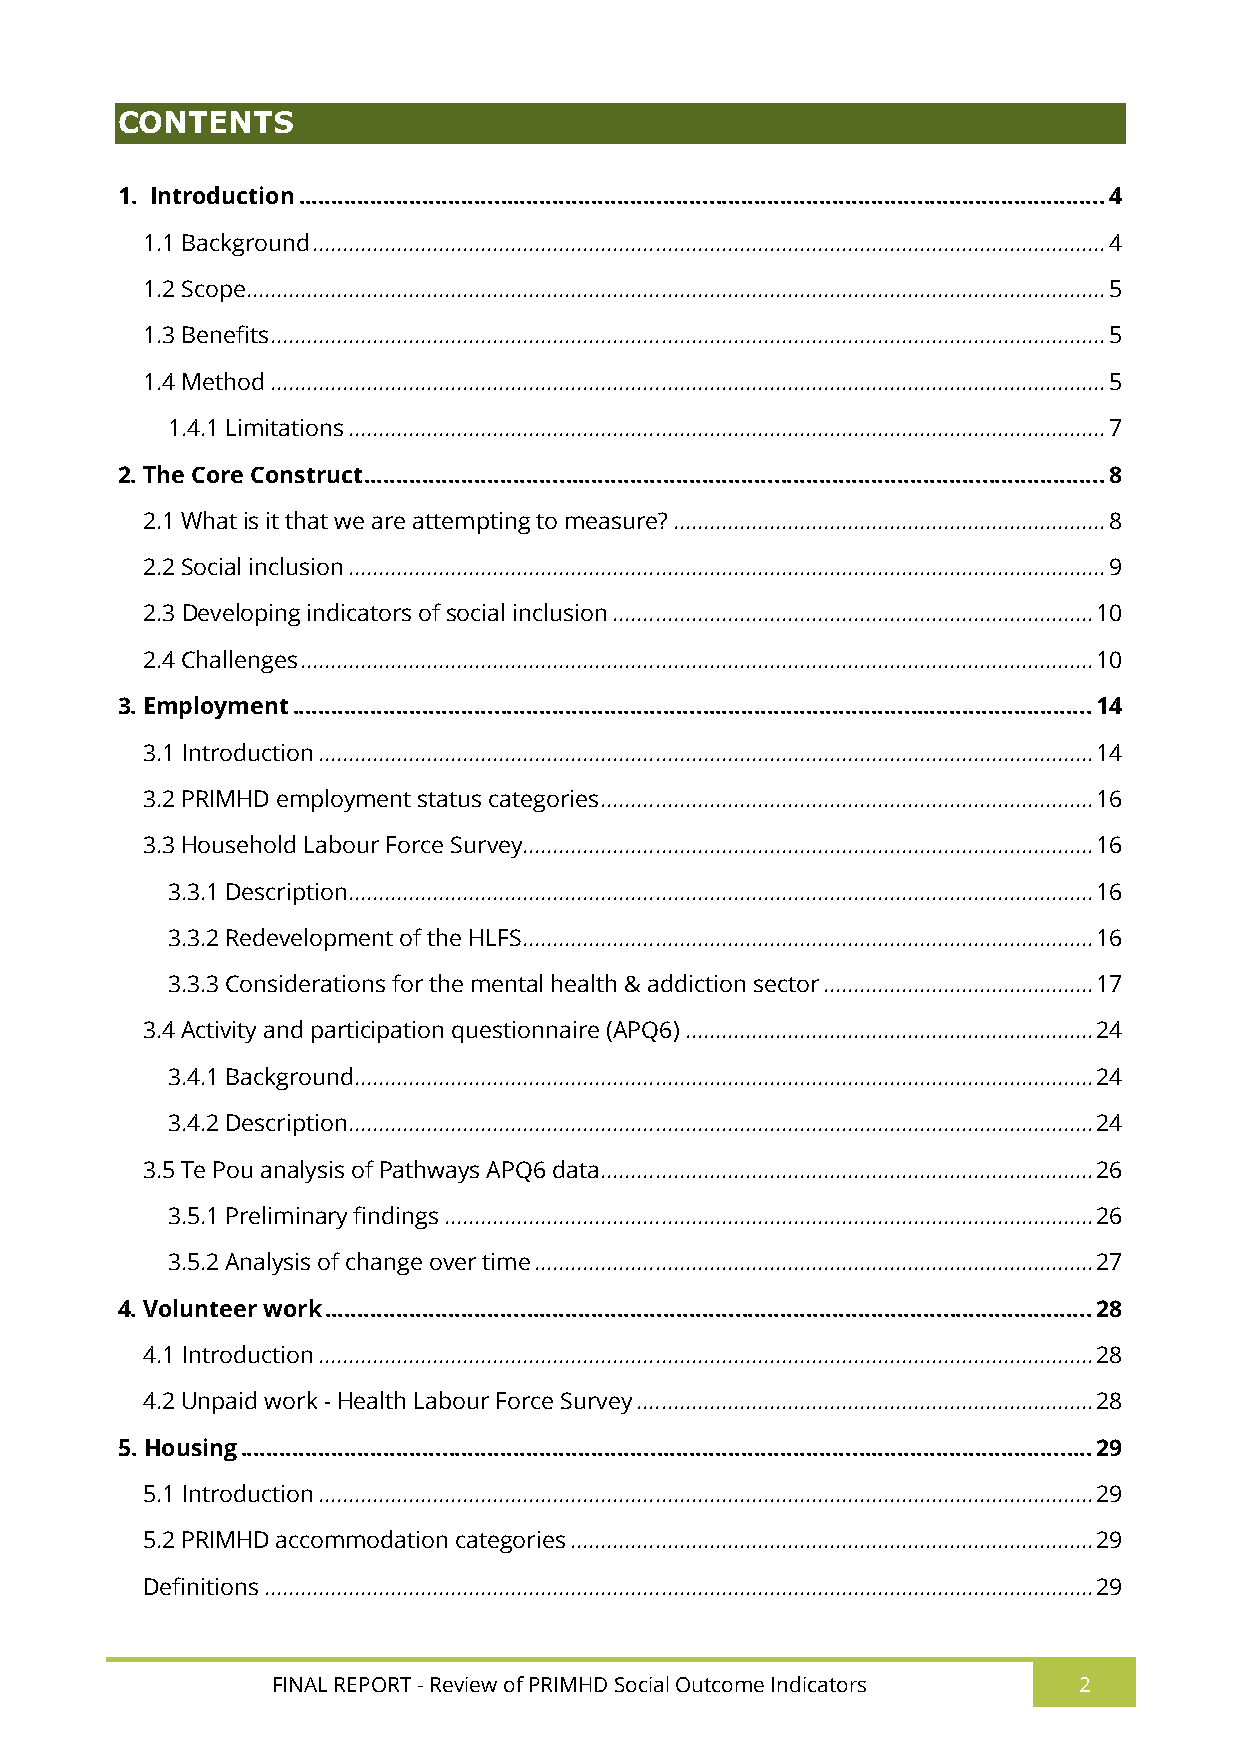
CONTENTS
 1. Introduction ............................................................................................................................ 4
 1.1 Background .................................................................................................................................... 4
 1.2 Scope ............................................................................................................................................... 5
 1.3 Benefits ........................................................................................................................................... 5
 1.4 Method ........................................................................................................................................... 5
 1.4.1 Limitations .............................................................................................................................. 7
 2. The Core Construct .................................................................................................................. 8
 2.1 What is it that we are attempting to measure? ........................................................................ 8
 2.2 Social inclusion .............................................................................................................................. 9
 2.3 Developing indicators of social inclusion ................................................................................ 10
 2.4 Challenges .................................................................................................................................... 10
 3. Employment ........................................................................................................................... 14
 3.1 Introduction ................................................................................................................................. 14
 3.2 PRIMHD employment status categories .................................................................................. 16
 3.3 Household Labour Force Survey............................................................................................... 16
 3.3.1 Description ............................................................................................................................ 16
 3.3.2 Redevelopment of the HLFS ............................................................................................... 16
 3.3.3 Considerations for the mental health & addiction sector ............................................. 17
 3.4 Activity and participation questionnaire (APQ6) .................................................................... 24
 3.4.1 Background........................................................................................................................... 24
 3.4.2 Description ............................................................................................................................ 24
 3.5 Te Pou analysis of Pathways APQ6 data .................................................................................. 26
 3.5.1 Preliminary findings ............................................................................................................ 26
 3.5.2 Analysis of change over time ............................................................................................. 27
 4. Volunteer work ...................................................................................................................... 28
 4.1 Introduction ................................................................................................................................. 28
 4.2 Unpaid work - Health Labour Force Survey ............................................................................ 28
 5. Housing ................................................................................................................................... 29
 5.1 Introduction ................................................................................................................................. 29
 5.2 PRIMHD accommodation categories ....................................................................................... 29
 Definitions .......................................................................................................................................... 29
 FINAL REPORT - Review of PRIMHD Social Outcome Indicators 2